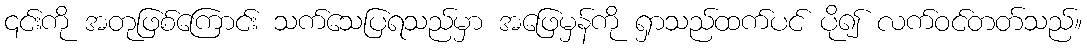
၎င်းကို အတုဖြစ်ကြောင်း သက်သေပြရသည်မှာ အဖြေမှန်ကို ရှာသည်ထက်ပင် ပို၍ လက်ဝင်တတ်သည်။